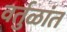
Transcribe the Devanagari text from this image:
वर्तुळांत